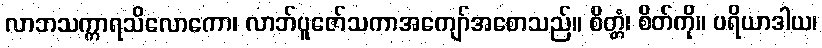
လာဘသက္ကာရသိလောကော၊ လာဘ်ပူဇော်သကာအကျော်အစောသည်။ စိတ္တံ၊ စိတ်ကို။ ပရိယာဒါယ၊